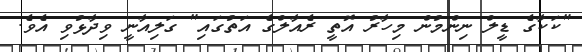
"ކަކާގެ ޑީލް ނިންމުން މިހާރު އޮތީ ރެއާލްގެ އަތުގައި" ގަލިއާނީ ވިދާޅުވި އެވެ.